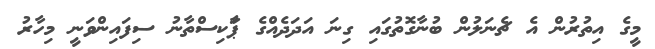
މީގެ އިތުރުން އެ ޗެނަލުން ބުނާގޮތުގައި ގިނަ އަދަދެއްގެ ޕަާކިސްތާނު ސިފައިންވަނީ މިހާރު